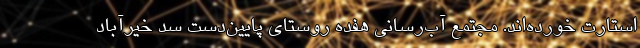
استارت خورده‌اند. مجتمع آب‌رساني هفده روستاي پايين‌دست سد خيرآباد